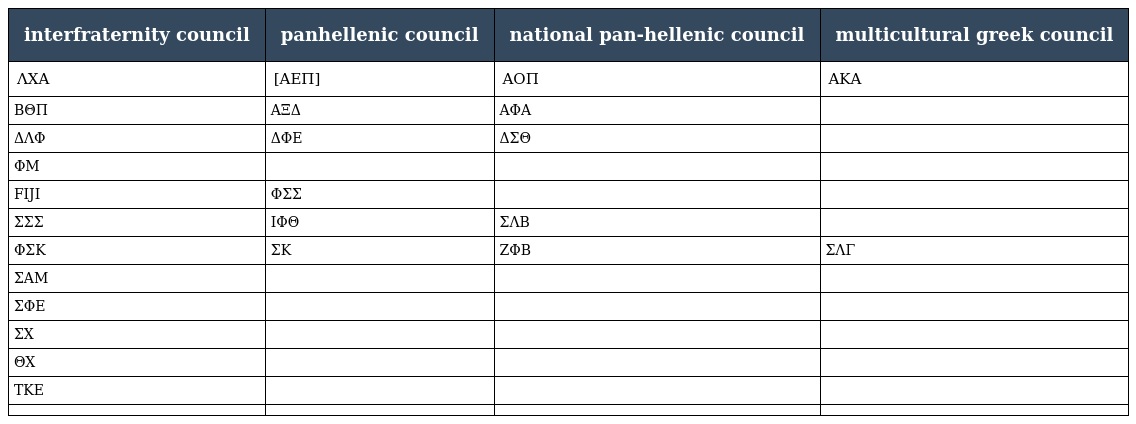
| interfraternity council | panhellenic council | national pan-hellenic council | multicultural greek council |
 | --- | --- | --- | --- |
 | ΛΧΑ | [AEΠ] | ΑΟΠ | ΑKΑ |
 | ΒΘΠ | ΑΞΔ | ΑΦΑ |  |
 | ΔΛΦ | ΔΦΕ | ΔΣΘ |  |
 | ΦΜ |  |  |  |
 | FIJI | ΦΣΣ |  |  |
 | ΣΣΣ | ΙΦΘ | ΣΛΒ |  |
 | ΦΣK | ΣΚ | ΖΦΒ | ΣΛΓ |
 | ΣΑΜ |  |  |  |
 | ΣΦΕ |  |  |  |
 | ΣX |  |  |  |
 | ΘX |  |  |  |
 | ΤΚΕ |  |  |  |
 |  |  |  |  |